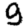
Digit: 9